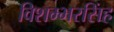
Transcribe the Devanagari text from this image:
विशम्भरसिंह